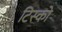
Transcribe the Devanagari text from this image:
टिस्‍को